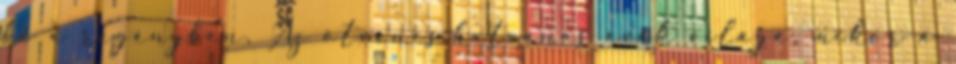
ki a regényben. Az ötvenes-hatvanas évek világa, mikor a